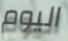
اليوم